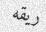
ريقه